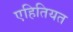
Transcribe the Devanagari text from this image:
एहितियत